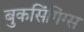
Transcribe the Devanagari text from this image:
बुकसिंगिंग्स